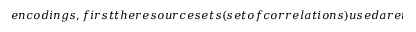
e n c o d i n g s , f i r s t t h e r e s o u r c e s e t s ( s e t o f c o r r e l a t i o n s ) u s e d a r e t h o s e f r o m t h e